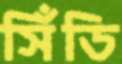
সিঁডি